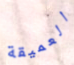
العميقة